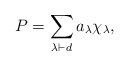
LaTeX: \begin{align*} P = \sum_{\lambda\vdash d} a_\lambda \chi_\lambda,\end{align*}